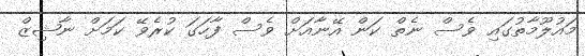
މައުލޫމާތުގައި ވެސް ނެތް ކަން އޭނާއަށް ވެސް ފާހަގަ ކުރެވޭ ކަމަށް ނާޝިޒް